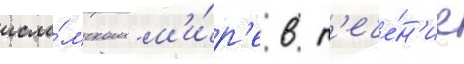
исла́мском м'и́р'е в т'ече́н'ие